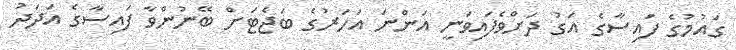
ގައުމުގެ ފައިސާގެ އަގު ދަށްވެފައިވަނީ އަންނަ އަހަރުގެ ބަޖެޓަށް ބޭނުންވާ ފައިސާގެ އަދަދު